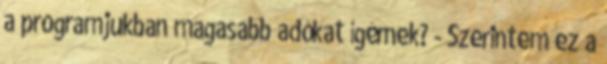
a programjukban magasabb adókat ígérnek? - Szerintem ez a